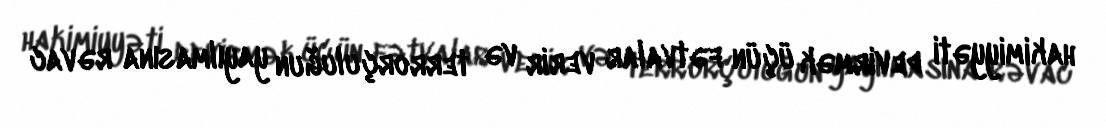
hakimiyyəti devirmək üçün fətvalar verir və terrorçuluğun yayılmasına rəvac